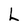
Character: L